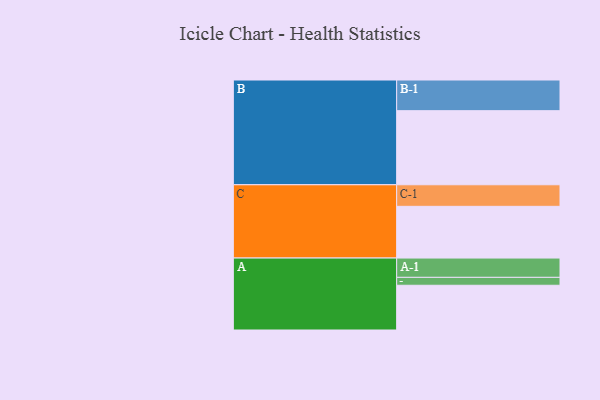
{"axis": {"x": "Segment", "y": "Value"}, "legend": ["", "A", "B", "C"], "data": [{"x": "A", "y": 334, "type": ""}, {"x": "B", "y": 553, "type": ""}, {"x": "C", "y": 386, "type": ""}, {"x": "A-1", "y": 144, "type": "A"}, {"x": "A-2", "y": 59, "type": "A"}, {"x": "B-1", "y": 229, "type": "B"}, {"x": "C-1", "y": 161, "type": "C"}]}